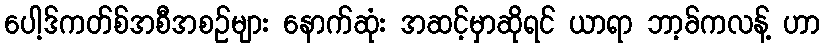
ပေါ့ဒ်ကတ်စ်အစီအစဉ်များ နောက်ဆုံး အဆင့်မှာဆိုရင် ယာရာ ဘာ့ခ်ကလန့် ဟာ